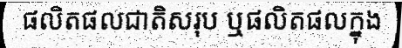
ផលិតផលជាតិសរុប ឬផលិតផលក្នុង